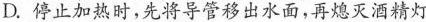
D.停止加热时，先将导管移出水面，再熄灭酒精灯